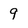
Character: 9